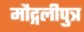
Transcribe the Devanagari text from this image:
मौद्गलीपुत्र